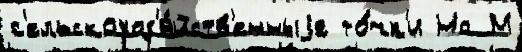
с'ельскохоз'я́йств'енныjе то́чк'и На М